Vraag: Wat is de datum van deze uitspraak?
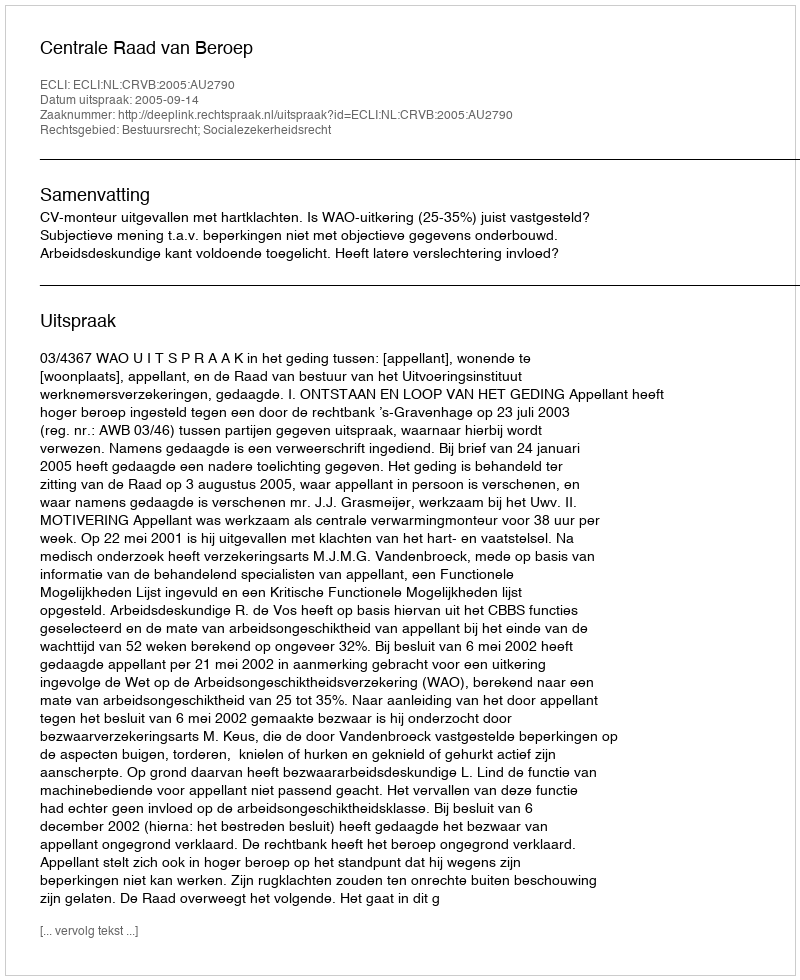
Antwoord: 2005-09-14